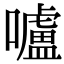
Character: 嚧